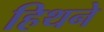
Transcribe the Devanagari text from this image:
हिथने